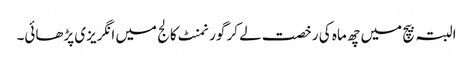
البتہ بیچ میں چھ ماہ کی رخصت لے کر گورنمنٹ کالج میں انگریزی پڑھائی۔